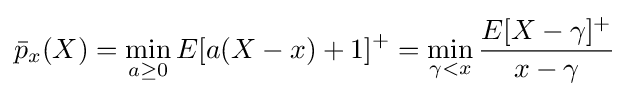
{\bar {p}}_{x}(X)=\min _{a\geq 0}E[a(X-x)+1]^{+}=\min _{\gamma <x}{\frac {E[X-\gamma ]^{+}}{x-\gamma }}